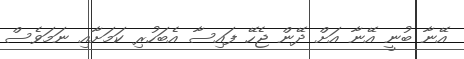
އޭނާ ބުނީ އޭނާ އަށް ދޭން ޖެހޭ ފައިސާ އެބަހުރި ކަމަށާއި ނަމަވެސް